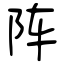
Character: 阵